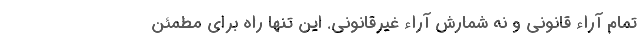
تمام آراء قانونی و نه شمارش آراء غیرقانونی. این تنها راه برای مطمئن